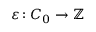
\varepsilon \colon C _ { 0 } \to \mathbb { Z }